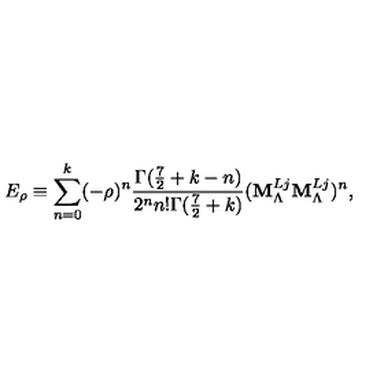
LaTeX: E _ { \rho } \equiv \sum _ { n = 0 } ^ { k } ( - \rho ) ^ { n } \frac { \Gamma ( \frac { 7 } { 2 } + k - n ) } { 2 ^ { n } n ! \Gamma ( \frac { 7 } { 2 } + k ) } ( { \bf M } _ { \Lambda } ^ { L j } { \bf M } _ { \Lambda } ^ { L j } ) ^ { n } ,